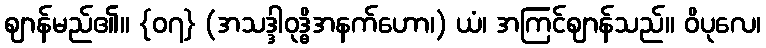
ဈာန်မည်၏။ {၀၇} (အသဒ္ဒါဝုဒ္ဓိအနက်ဟော၊) ယံ၊ အကြင်ဈာန်သည်။ ဝိပုလေ၊